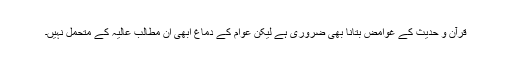
قرآن و حدیث کے غَوامِض بتانا بھی ضروری ہے لیکن عوام کے دماغ ابھی ان مطالب عالیہ کے متحمل نہیں۔